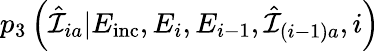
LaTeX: p_{3}\left(\hat{\mathcal{I}}_{ia}|E_{\mathrm{inc}},E_{i},E_{i-1},\hat{\mathcal{I}}_{(i-1)a},i\right)